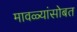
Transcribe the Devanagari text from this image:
मावळ्यांसोबत